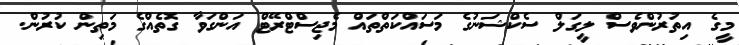
މީގެ އިތުރުންވެސް ލީގަލް ސެކްޝަނުގެ މަސައްކަތްތައް މެޖިސްޓްރޭޓް އަންގަވާ ގޮތެއްގެ މަތިން ކުރުން.